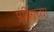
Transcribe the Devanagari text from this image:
प्लंबिंगच्या